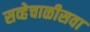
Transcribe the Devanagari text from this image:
सव्हेचाळीसवा